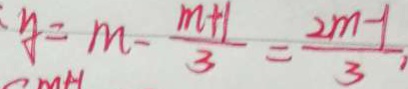
y = m - \frac { m + 1 } { 3 } = \frac { 2 m - 1 } { 3 } ,